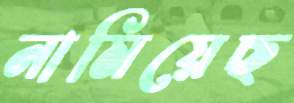
নামিয়েছ